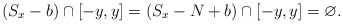
\begin{align*}(S_x-b)\cap[-y,y]=(S_x-N+b)\cap [-y,y] = \varnothing. \end{align*}